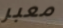
معبر